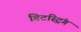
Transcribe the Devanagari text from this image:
बिटस्ट्रिंग